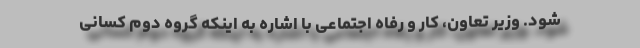
شود. وزیر تعاون، کار و رفاه اجتماعی با اشاره به اینکه گروه دوم کسانی